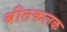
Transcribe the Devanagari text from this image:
बीतकलक